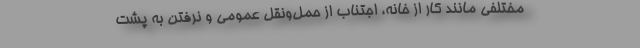
مختلفی مانند کار از خانه، اجتناب از حمل‌ونقل عمومی و نرفتن به پشت